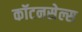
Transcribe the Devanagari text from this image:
कॉटनसेल्स